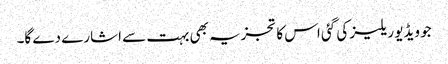
جو ویڈیو ریلیز کی گئی اس کا تجزیہ بھی بہت سے اشارے دے گا۔